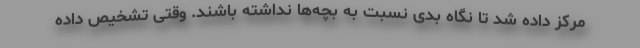
مرکز داده شد تا نگاه بدی نسبت به بچه‌ها نداشته باشند. وقتی تشخیص داده